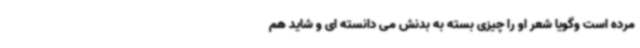
مرده است وگویا شعر او را چیزی بسته به بدنش می دانسته ای و شاید هم